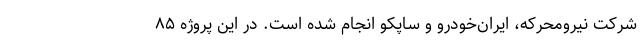
شرکت نیرومحرکه، ایران‌خودرو و ساپکو انجام شده است. در این پروژه ۸۵